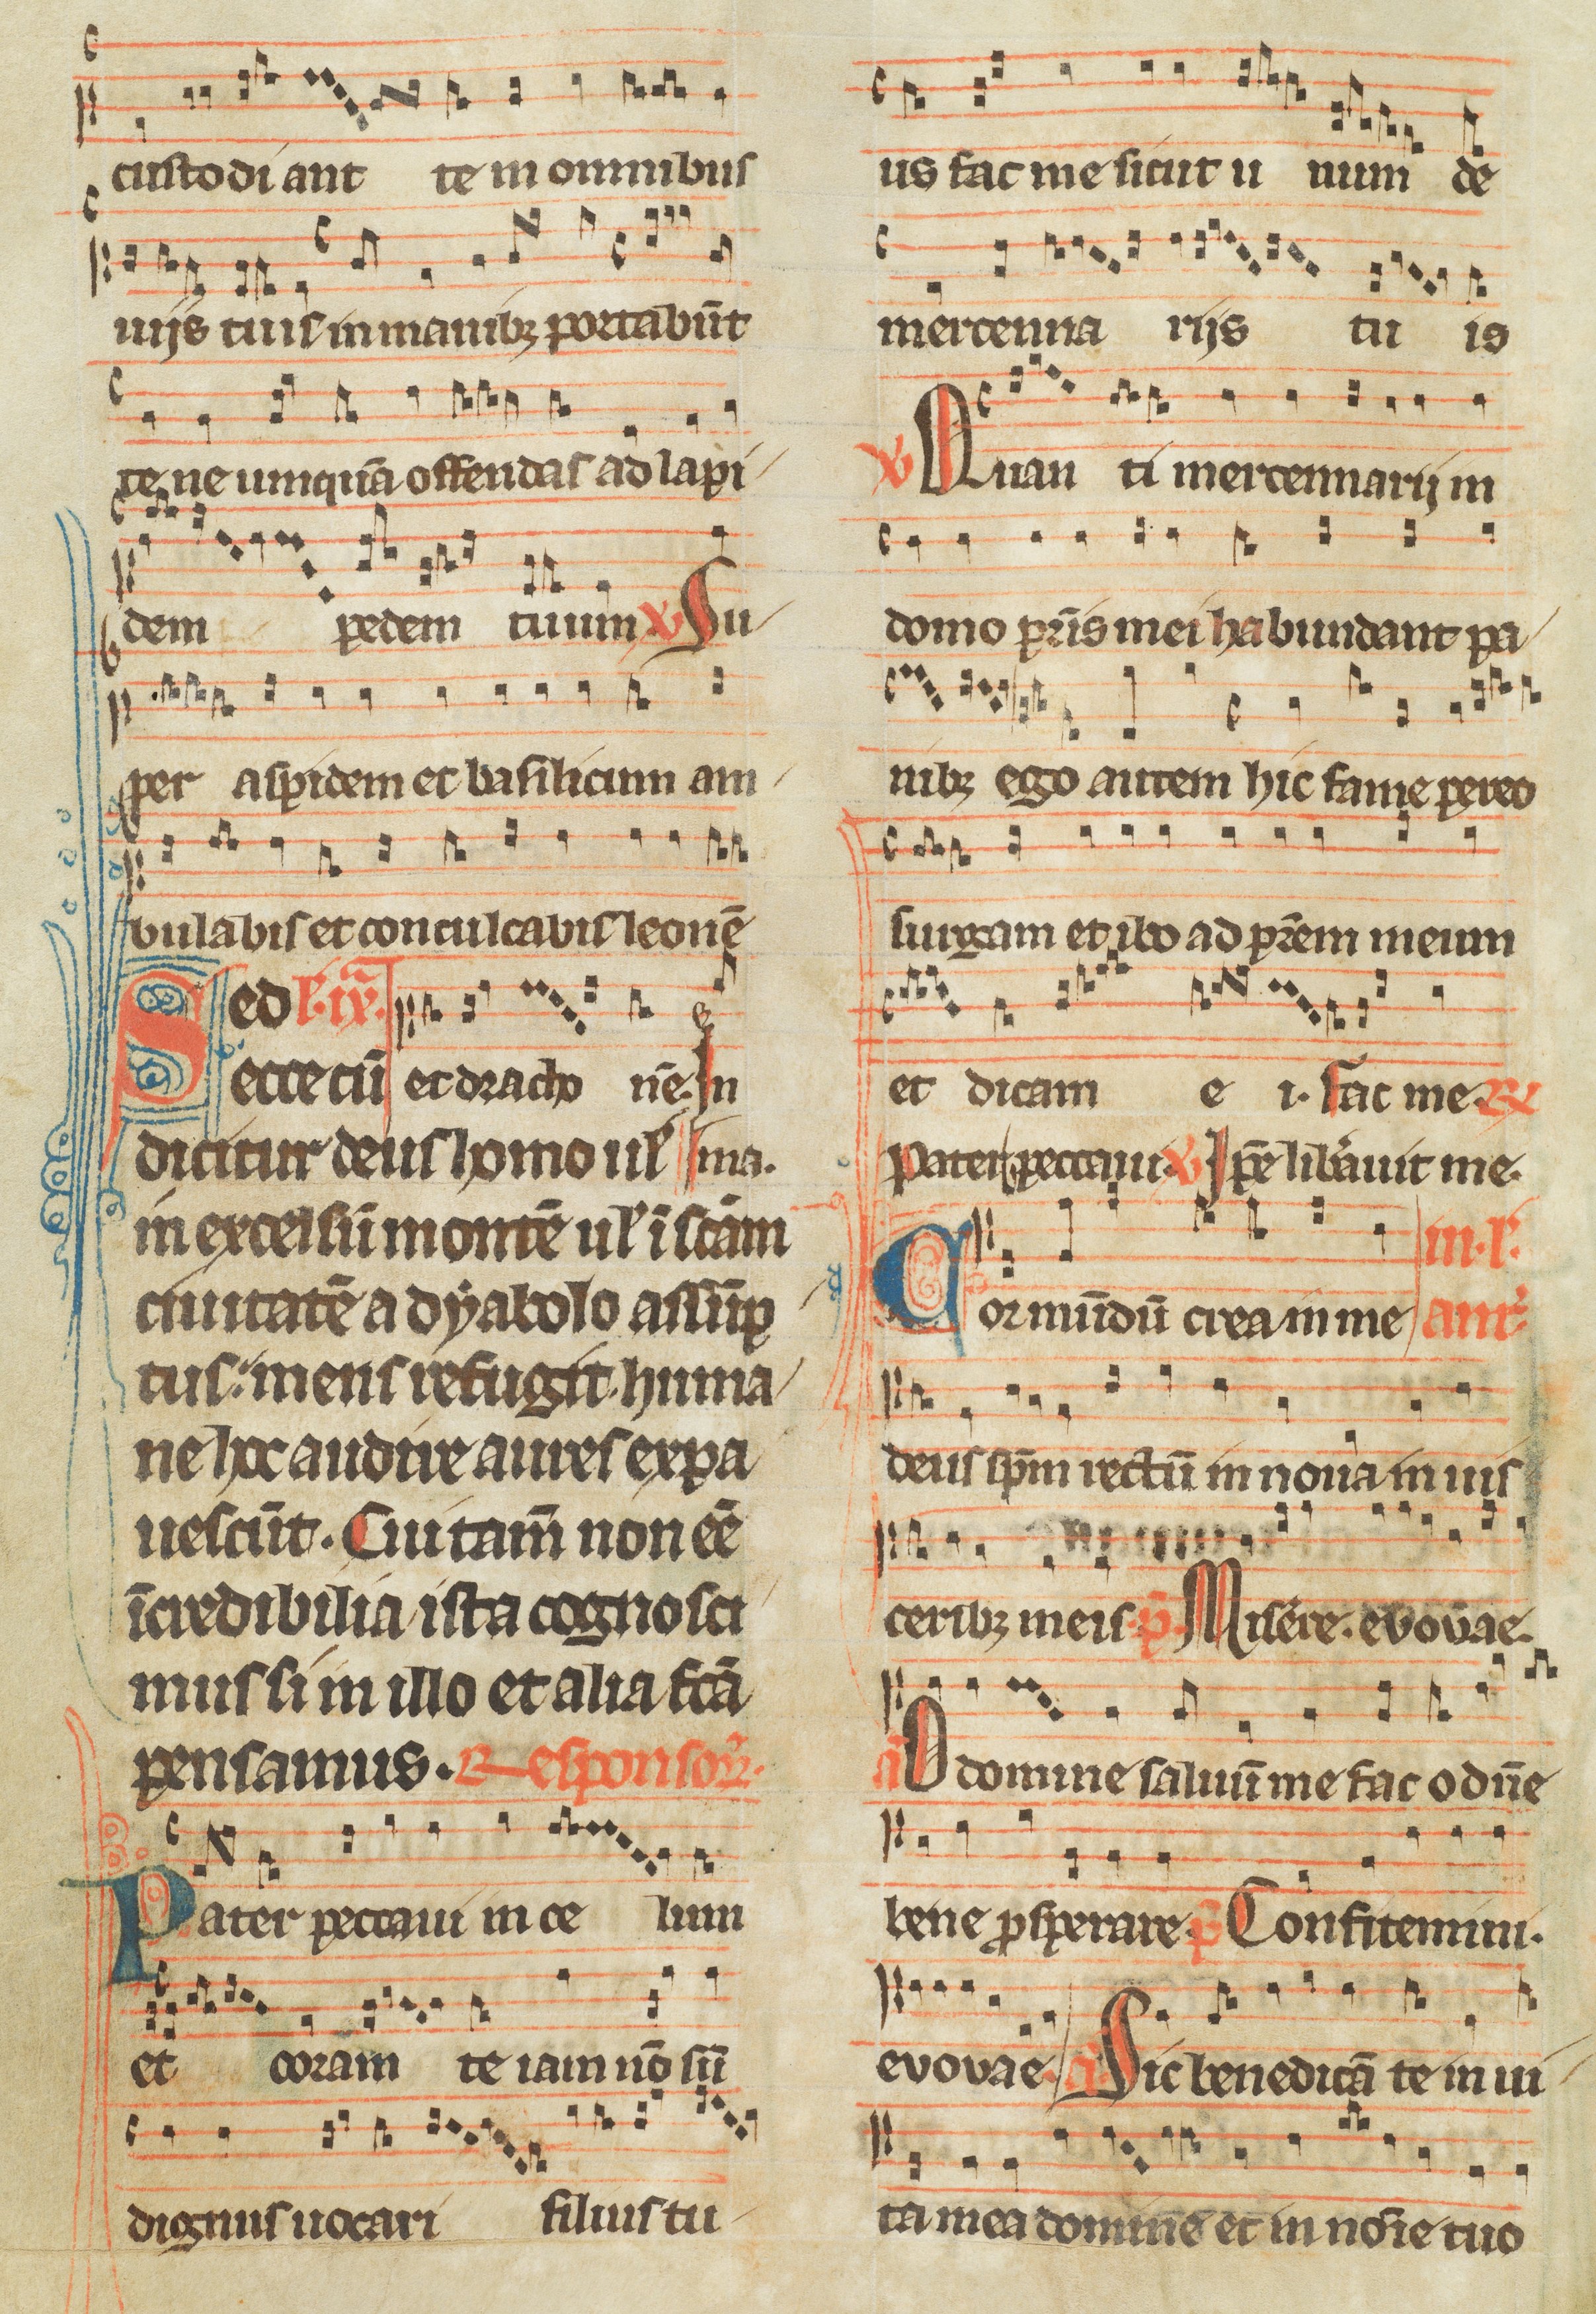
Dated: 1300–1349